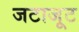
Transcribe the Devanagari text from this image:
जटाजूट